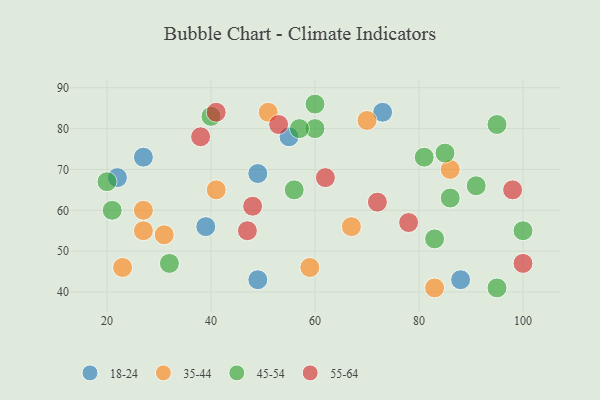
{"axis": {"x": "GDP", "y": "Life Expectancy"}, "legend": ["18-24", "35-44", "45-54", "55-64"], "data": [{"x": "27", "y": 73, "type": "18-24"}, {"x": "88", "y": 43, "type": "18-24"}, {"x": "73", "y": 84, "type": "18-24"}, {"x": "55", "y": 78, "type": "18-24"}, {"x": "49", "y": 43, "type": "18-24"}, {"x": "22", "y": 68, "type": "18-24"}, {"x": "49", "y": 69, "type": "18-24"}, {"x": "39", "y": 56, "type": "18-24"}, {"x": "41", "y": 65, "type": "35-44"}, {"x": "59", "y": 46, "type": "35-44"}, {"x": "27", "y": 60, "type": "35-44"}, {"x": "86", "y": 70, "type": "35-44"}, {"x": "27", "y": 55, "type": "35-44"}, {"x": "31", "y": 54, "type": "35-44"}, {"x": "51", "y": 84, "type": "35-44"}, {"x": "70", "y": 82, "type": "35-44"}, {"x": "23", "y": 46, "type": "35-44"}, {"x": "83", "y": 41, "type": "35-44"}, {"x": "67", "y": 56, "type": "35-44"}, {"x": "83", "y": 53, "type": "45-54"}, {"x": "56", "y": 65, "type": "45-54"}, {"x": "60", "y": 86, "type": "45-54"}, {"x": "86", "y": 63, "type": "45-54"}, {"x": "85", "y": 74, "type": "45-54"}, {"x": "20", "y": 67, "type": "45-54"}, {"x": "95", "y": 81, "type": "45-54"}, {"x": "40", "y": 83, "type": "45-54"}, {"x": "81", "y": 73, "type": "45-54"}, {"x": "60", "y": 80, "type": "45-54"}, {"x": "57", "y": 80, "type": "45-54"}, {"x": "21", "y": 60, "type": "45-54"}, {"x": "95", "y": 41, "type": "45-54"}, {"x": "100", "y": 55, "type": "45-54"}, {"x": "32", "y": 47, "type": "45-54"}, {"x": "91", "y": 66, "type": "45-54"}, {"x": "53", "y": 81, "type": "55-64"}, {"x": "47", "y": 55, "type": "55-64"}, {"x": "78", "y": 57, "type": "55-64"}, {"x": "62", "y": 68, "type": "55-64"}, {"x": "38", "y": 78, "type": "55-64"}, {"x": "98", "y": 65, "type": "55-64"}, {"x": "41", "y": 84, "type": "55-64"}, {"x": "72", "y": 62, "type": "55-64"}, {"x": "48", "y": 61, "type": "55-64"}, {"x": "100", "y": 47, "type": "55-64"}]}